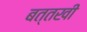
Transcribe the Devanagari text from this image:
बत्तखी